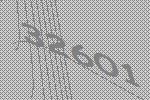
32601